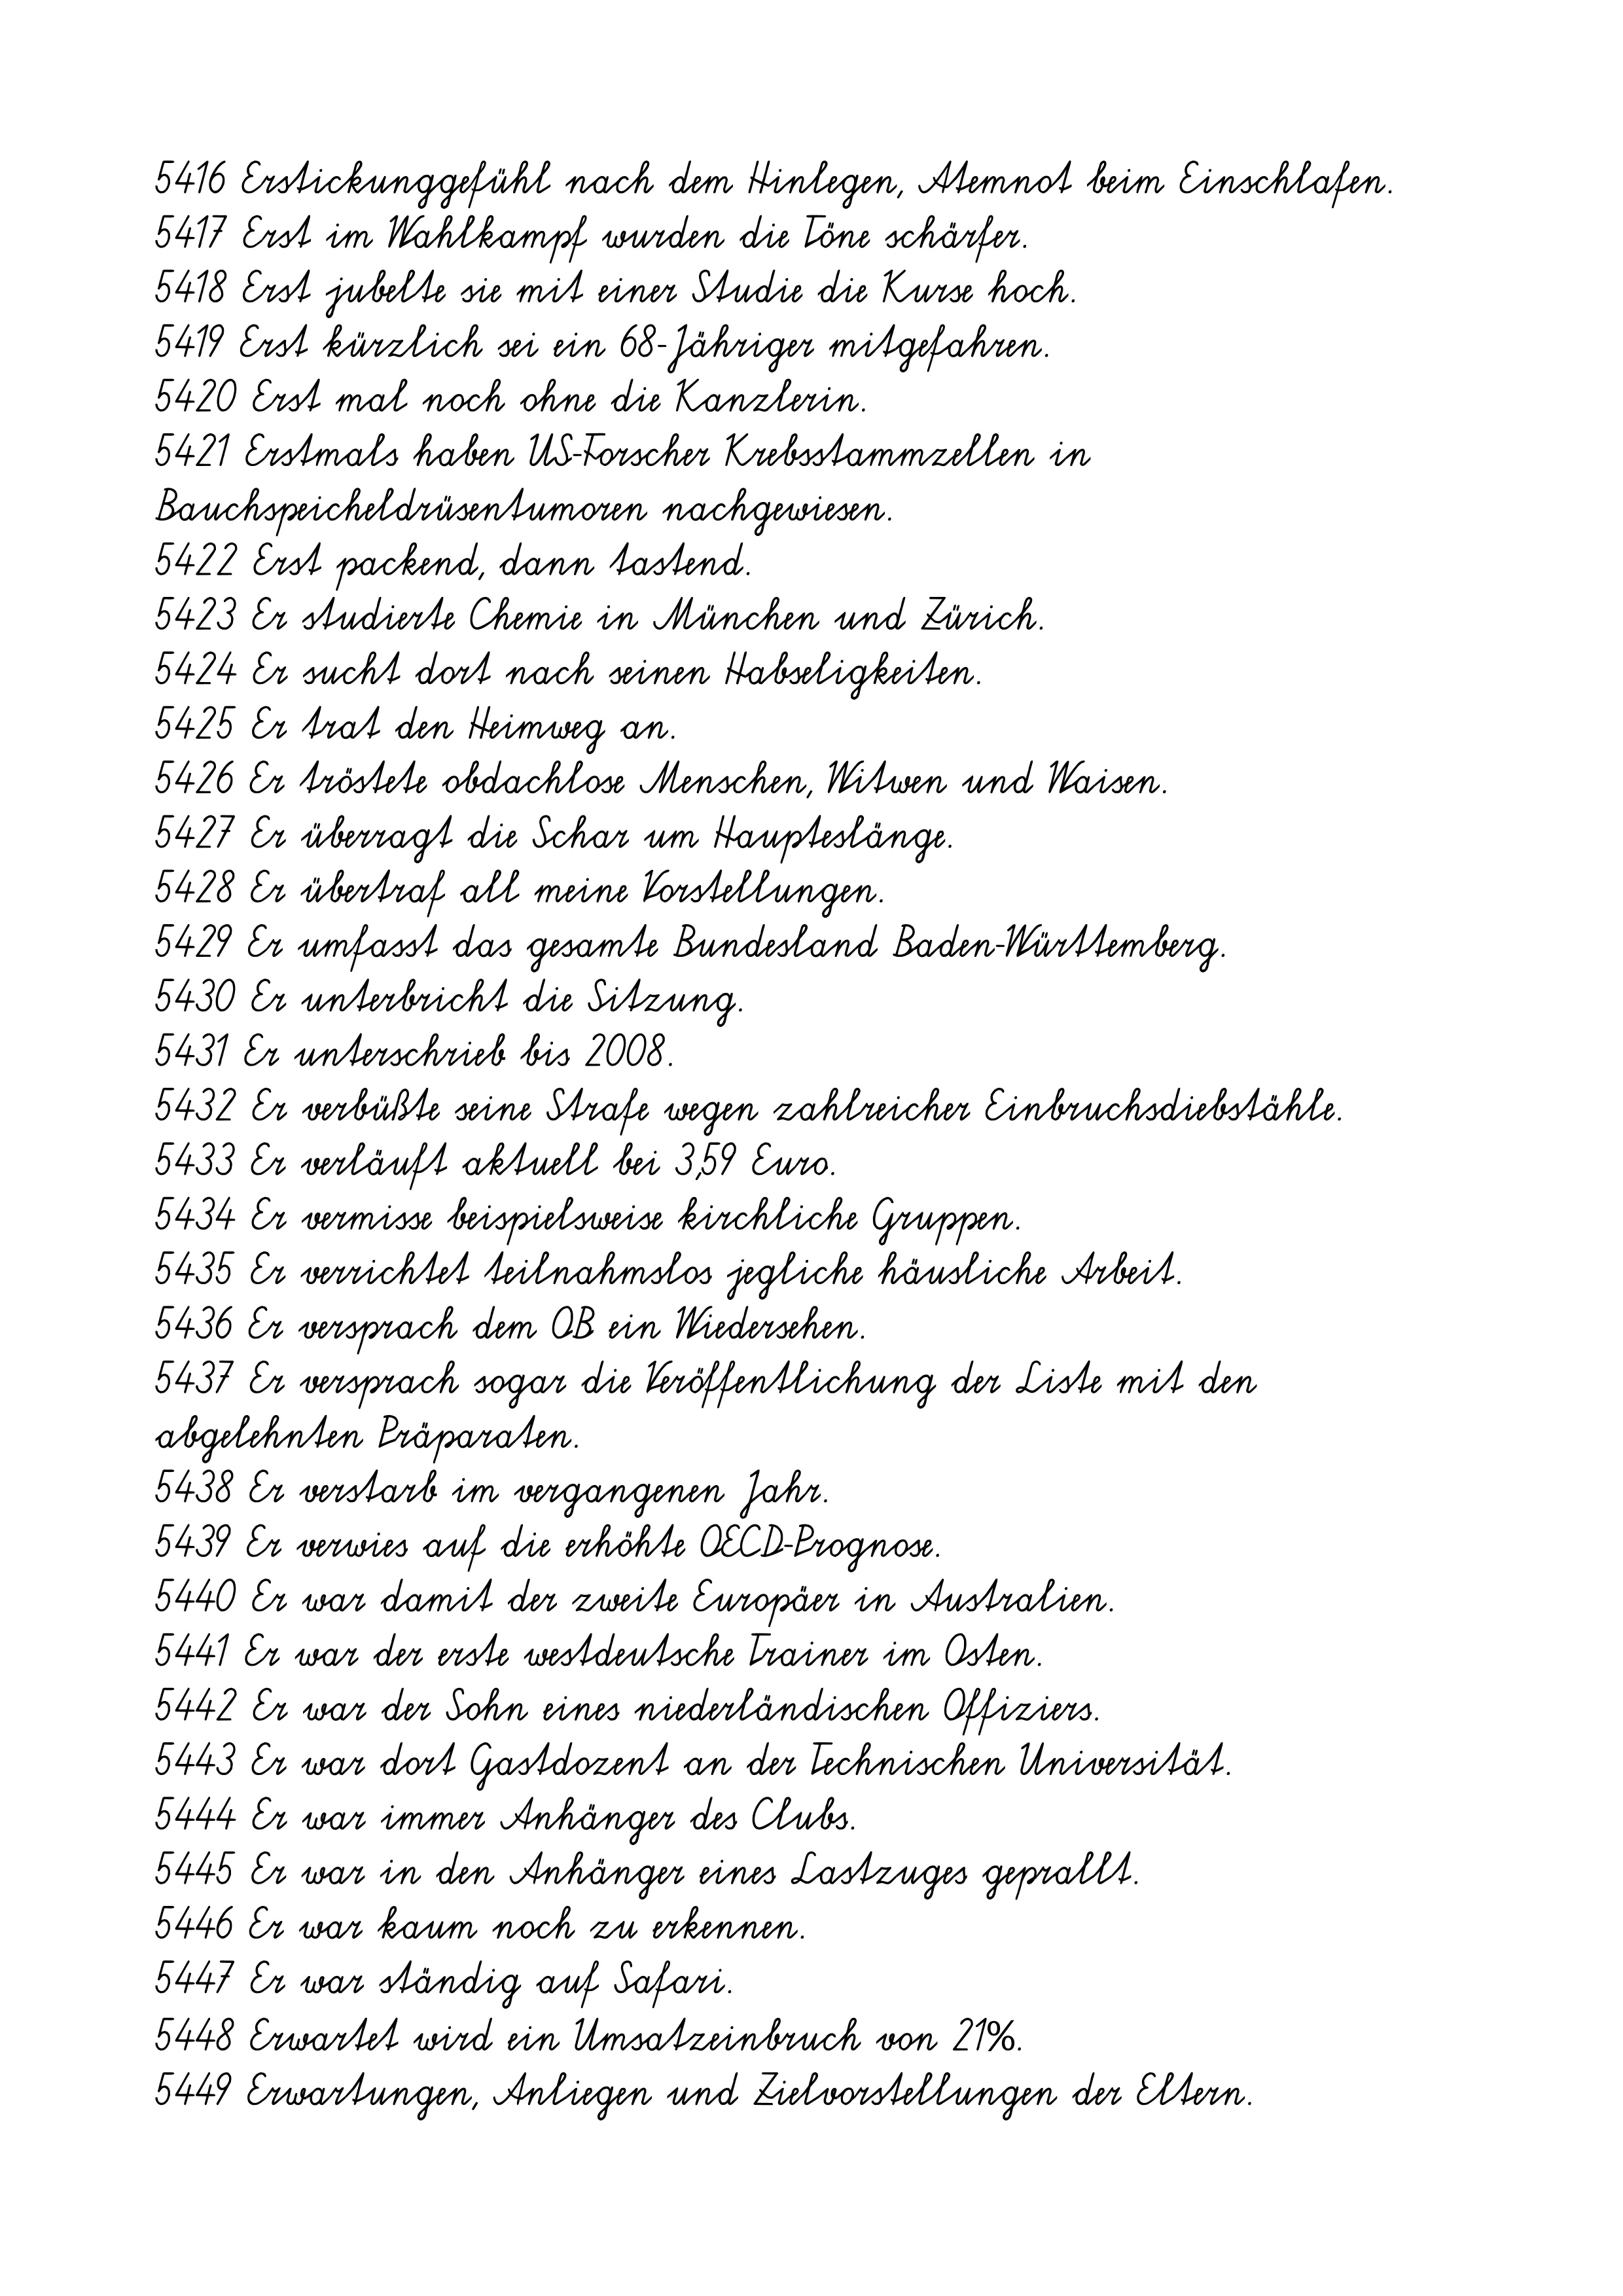
5416 Erstickunggefühl nach dem Hinlegen, Atemnot beim Einschlafen.
5417 Erst im Wahlkampf wurden die Töne schärfer.
5418 Erst jubelte sie mit einer Studie die Kurse hoch.
5419 Erst kürzlich sei ein 68-Jähriger mitgefahren.
5420 Erst mal noch ohne die Kanzlerin.
5421 Erstmals haben US-Forscher Krebsstammzellen in
Bauchspeicheldrüsentumoren nachgewiesen.
5422 Erst packend, dann tastend.
5423 Er studierte Chemie in München und Zürich.
5424 Er sucht dort nach seinen Habseligkeiten.
5425 Er trat den Heimweg an.
5426 Er tröstete obdachlose Menschen, Witwen und Waisen.
5427 Er überragt die Schar um Haupteslänge.
5428 Er übertraf all meine Vorstellungen.
5429 Er umfasst das gesamte Bundesland Baden-Württemberg.
5430 Er unterbricht die Sitzung.
5431 Er unterschrieb bis 2008.
5432 Er verbüßte seine Strafe wegen zahlreicher Einbruchsdiebstähle.
5433 Er verläuft aktuell bei 3,59 Euro.
5434 Er vermisse beispielsweise kirchliche Gruppen.
5435 Er verrichtet teilnahmslos jegliche häusliche Arbeit.
5436 Er versprach dem OB ein Wiedersehen.
5437 Er versprach sogar die Veröffentlichung der Liste mit den
abgelehnten Präparaten.
5438 Er verstarb im vergangenen Jahr.
5439 Er verwies auf die erhöhte OECD-Prognose.
5440 Er war damit der zweite Europäer in Australien.
5441 Er war der erste westdeutsche Trainer im Osten.
5442 Er war der Sohn eines niederländischen Offiziers.
5443 Er war dort Gastdozent an der Technischen Universität.
5444 Er war immer Anhänger des Clubs.
5445 Er war in den Anhänger eines Lastzuges geprallt.
5446 Er war kaum noch zu erkennen.
5447 Er war ständig auf Safari.
5448 Erwartet wird ein Umsatzeinbruch von 21%.
5449 Erwartungen, Anliegen und Zielvorstellungen der Eltern.